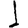
Digit: 1